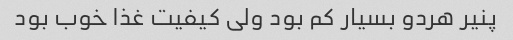
پنیر هردو بسیار کم بود ولی کیفیت غذا خوب بود